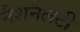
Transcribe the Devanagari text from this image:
नैशनैलटी